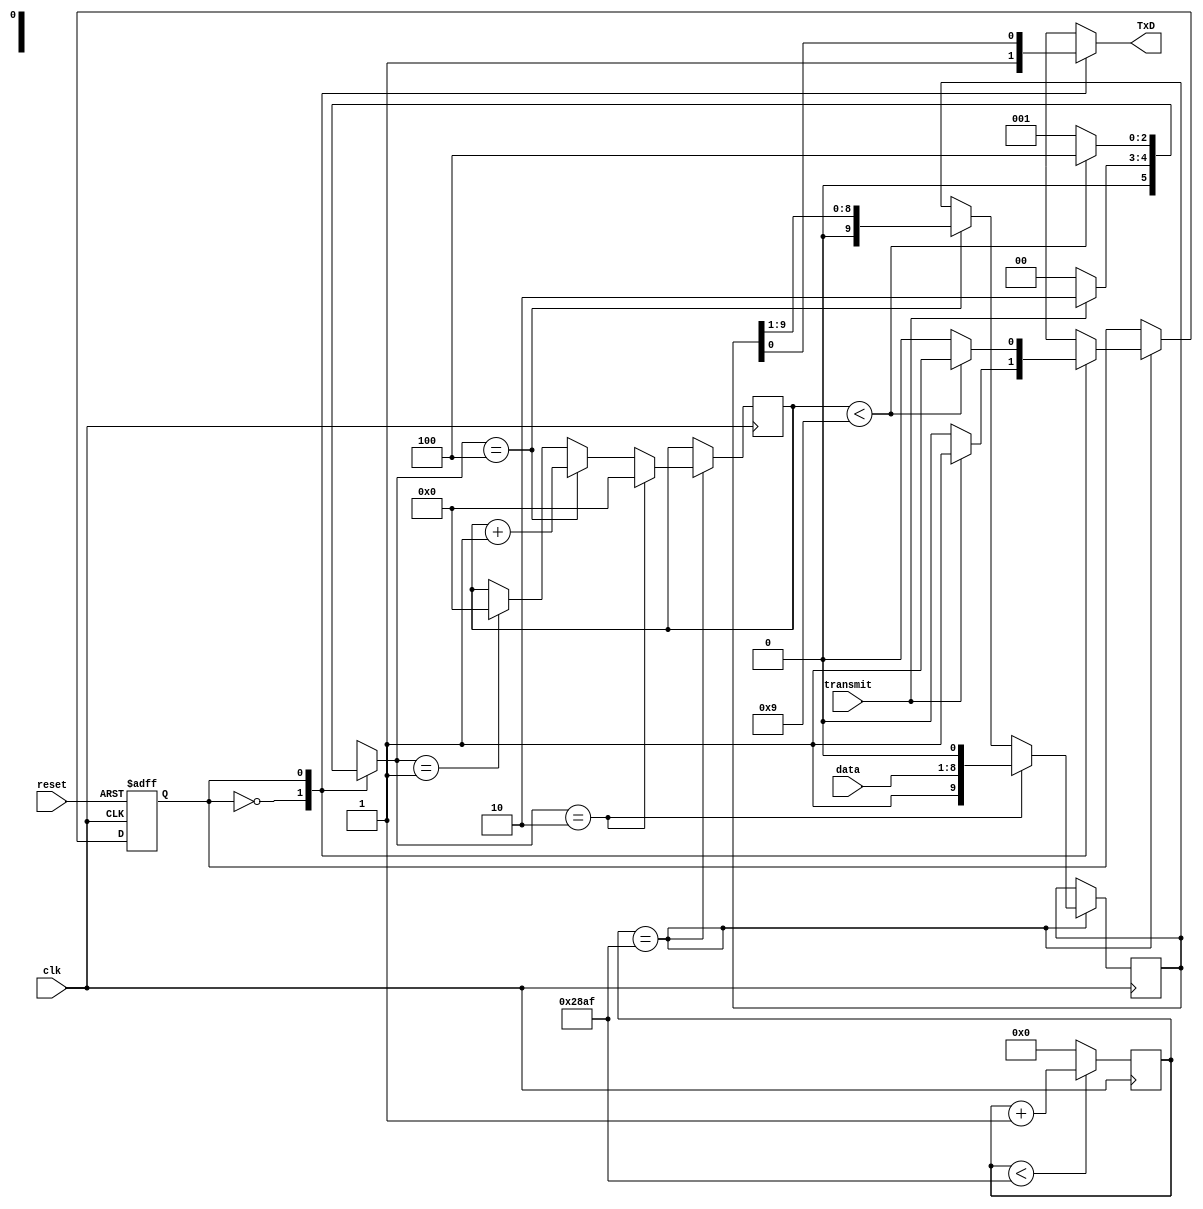
module transmitter(input clk,reset,transmit,input [7:0] data,output reg TxD);

reg [3:0] bitcounter=0;
reg [13:0] counter=0;
reg state,next_state;
reg [9:0] right_sh_reg=0;
reg shift,load,clear;

//clock divider to generate clock of 9600 Hz
reg baud_clk = 1'b0;
always@(posedge clk)
begin
    if(counter<10415) begin
        counter <= counter + 1'b1;
    end
    else begin
        counter <= 0;
        baud_clk <= ~baud_clk;
    end        
end

//Mealy FSM
parameter IDLE=1'b0,TRANSMIT=1'b1;
always@(state or transmit or bitcounter)
begin
    case(state)
    IDLE:begin
            if(transmit==1'b1)
                next_state = TRANSMIT;
            else
                next_state = IDLE;
         end
    TRANSMIT:begin
                if(bitcounter<9)
                   next_state = TRANSMIT; 
                else
                    next_state = IDLE;
             end
     endcase
end

always@(posedge clk or negedge reset)
begin
    if(reset==1'b0)
        state = IDLE;
    else if(counter==10415)
        state = next_state;
end

always@(state or transmit or bitcounter)
begin
    case(state)
    IDLE:begin
            if(transmit==1'b0)
                {shift,load,clear} <= 3'b000;
            else
                {shift,load,clear} <= 3'b010;
            
            TxD <= 1'b1;
         end
    TRANSMIT:begin
                if(bitcounter < 9)
                    {shift,load,clear} <= 3'b100;
                else
                    {shift,load,clear} <= 3'b001;
                    
                TxD <= right_sh_reg[0];
             end
     endcase
end

always@(posedge clk)
begin
    if(counter==10415)
    begin
        if({shift,load,clear}==3'b010)
        begin
            right_sh_reg = {1'b1,data,1'b0};
            bitcounter = 0;
        end
        else if({shift,load,clear}==3'b100)
        begin
            right_sh_reg = right_sh_reg>>1;
            bitcounter = bitcounter + 1;
        end
        else if({shift,load,clear}==3'b001)
        begin
            //right_sh_reg <= 10'b1;
            bitcounter = 0;
        end
    end
end


endmodule        







/*
genvar i;
generate
for(i=8;i>0;i=i-1)
begin
    always@(posedge baud_clk)
    begin
        right_sh_reg[i] <= right_sh_reg[i+1];
    end
end
endgenerate
*/